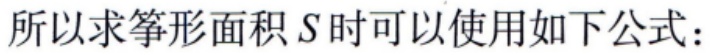
所以求筝形面积\(S\)时可以使用如下公式：